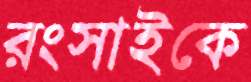
রংসাইকে